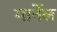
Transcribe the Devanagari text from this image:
मार्नेल